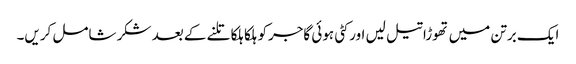
ایک برتن میں تھوڑا تیل لیں اور کٹی ہوئی گاجرکو ہلکا ہلکا تلنے کے بعد شکر شامل کریں۔